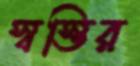
স্বস্তির